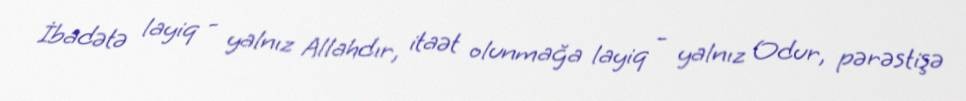
İbadətə layiq - yalnız Allahdır, itaət olunmağa layiq - yalnız Odur, pərəstişə